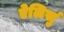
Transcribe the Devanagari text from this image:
ऐलिसुं